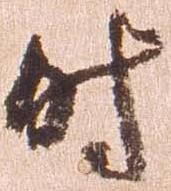
時